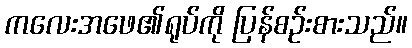
ကလေးအဖေ၏ရုပ်ကို ပြန်စဉ်းစားသည်။